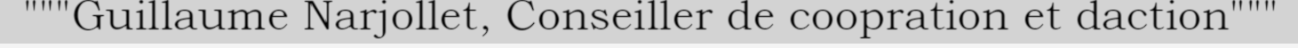
"""Guillaume Narjollet, Conseiller de coopration et daction"""